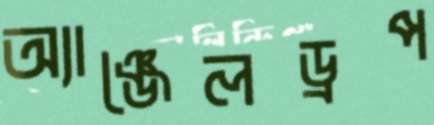
অ্যাঞ্জেলড্রপ